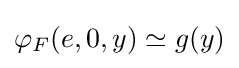
\varphi _{F}(e,0,y)\simeq g(y)